Account of plague administration in the Bombay Presidency from September 1896 till May 1897
Year: 1896
Disease focus: Plague
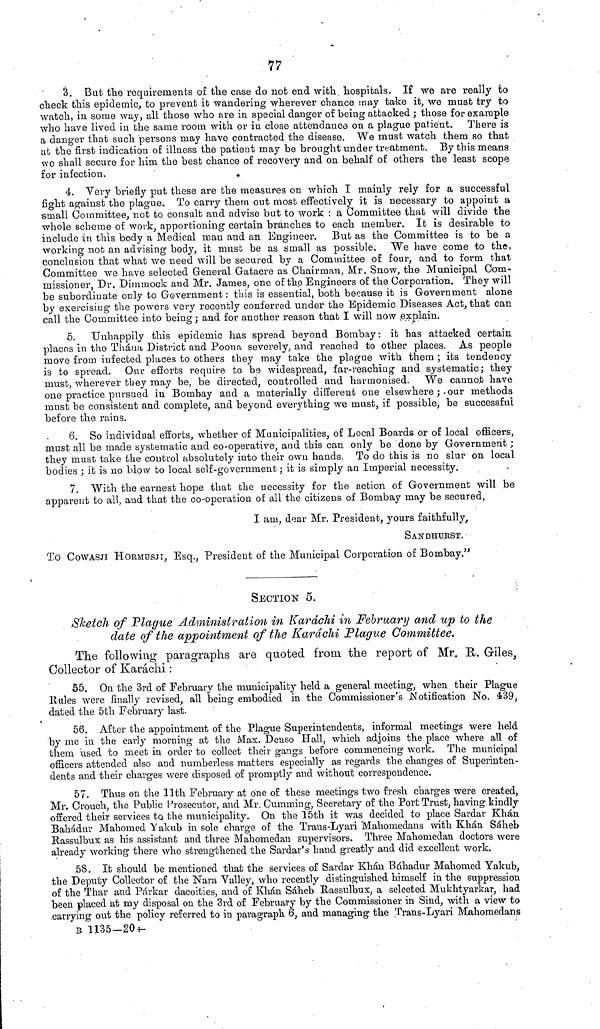
77
3. But the requirements of the case do not end with hospitals. If we are really to
check this epidemic, to prevent it wandering wherever chance may take it, we must try to
watch, in some way, all those who are in special danger of being attacked ; those for example
who have lived in the same room with or in close attendance on a plague patient. There is
a danger that such persons may have contracted the disease. We must watch them so that
at the first indication of illness the patient may be brought under treatment. By this means
we shall secure for him the best chance of recovery and on behalf of others the least scope
for infection.
4. Very briefly put these are the measures on which I mainly rely for a successful
fight against the plague. To carry them out most effectively it is necessary to appoint a
small Committee, not to consult and advise but to work : a Committee that will divide the
whole scheme of work, apportioning certain branches to each member. It is desirable to
include in this body a Medical man and an Engineer. But as the Committee is to be a
working not an advising body, it must be as small as possible. We have come to the,
conclusion that what we need will be secured by a Committee of four, and to form that
Committee we have selected General Gatacre as Chairman, Mr. Snow, the Municipal Com-
missioner, Dr. Dimmock and Mr. James, one of the Engineers of the Corporation. They will
be subordinate only to Government: this is essential, both because it is Government alone
by exercising the powers very recently conferred under the Epidemic Diseases Act, that can
call the Committee into being ; and for another reason that I will now explain.
5. Unhappily this epidemic has spread beyond Bombay: it has attacked certain
places in the Thána District and Poona severely, and reached to other places. As people
move from infected places to others they may take the plague with them ; its tendency
is to spread. Our efforts require to be widespread, far-reaching and systematic; they
must, wherever they may be, be directed, controlled and harmonised. We cannot have
one practice pursued in Bombay and a materially different one elsewhere ; our methods
must be consistent and complete, and beyond everything we must, if possible, be successful
before the rains.
6. So individual efforts, whether of Municipalities, of Local Boards or of local officers,
must all be made systematic and co-operative, and this can only be done by Government ;
they must take the control absolutely into their own hands. To do this is no slur on local
bodies ; it is no blow to local self-government ; it is simply an Imperial necessity.
7. With the earnest hope that the necessity for the action of Government will be
apparent to all, and that the co-operation of all the citizens of Bombay may be secured,
I am, dear Mr. President, yours faithfully,
SANDHURST.
To COWASJI HOrMuSJI, Esq., President of the Municipal Corporation of Bombay."
SECTION 5.
Sketch of Plague Administration in Karáchi in February and up to the
date of the appointment of the Karachi Plague Committee.
The following paragraphs are quoted from the report of Mr. R. Giles,
Collector of Karachi :
55. On the 3rd of February the municipality held a general meeting, when their Plague
Rules were finally revised, all being embodied in the Commissioner's Notification No. 439,
dated the 5th February last.
56. After the appointment of the Plague Superintendents, informal meetings were held
by me in the early morning at the Max. Denso Hall, which adjoins the place where all of
them used to meet in order to collect their gangs before commencing work. The municipal
officers attended also and numberless matters especially as regards the changes of Superinten-
dents and their charges were disposed of promptly and without correspondence.
57. Thus on the 11th February at one of these meetings two fresh charges were created,
Mr. Crouch, the Public Prosecutor, and Mr. Cumming, Secretary of the Port Trust, having kindly
offered their services ta the municipality. On the 15th it was decided to place Sardar Khán
Bahadur Mahomed Yakub in sole charge of the Trans-Lyari Mahomedans with Khán Sáheb
Rassulbux as his assistant and three Mahomedan supervisors. Three Mahomedan doctors were
already working there who strengthened the Sardar's hand greatly and did excellent work.
58. It should be mentioned that the services of Sardar Khán Bahadur Mahomed Yakub,
the Deputy Collector of the Nara Valley, who recently distinguished himself in the suppression
of the Thar and Párkar dacoities, and of Khán Sáheb Rassulbux, a selected Mukhtyarkar, had
been placed at my disposal on the 3rd of February by the Commissioner in Sind, with a view to
carrying out the policy referred to in paragraph 6, and managing the Trans-Lyari Mahomedans
B 1135-20—